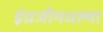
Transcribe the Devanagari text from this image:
इंग्रजीमधल्या